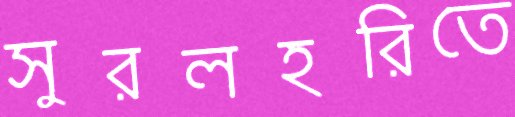
সুরলহরিতে